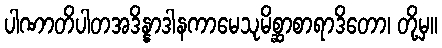
ပါဏာတိပါတအဒိန္နာဒါနကာမေသုမိစ္ဆာစာရာဒိတော၊ တို့မှ။